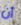
أن